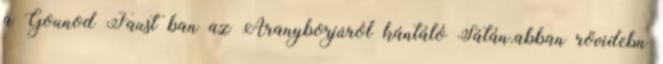
a Gounod Faust ban az Aranyborjúról kántáló Sátán.abban rövidebn